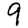
Digit: 9